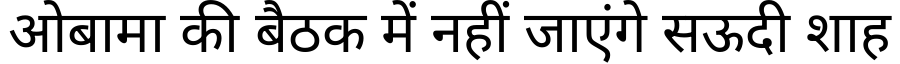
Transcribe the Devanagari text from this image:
ओबामा की बैठक में नहीं जाएंगे सऊदी शाह